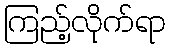
ကြည့်လိုက်ရာ